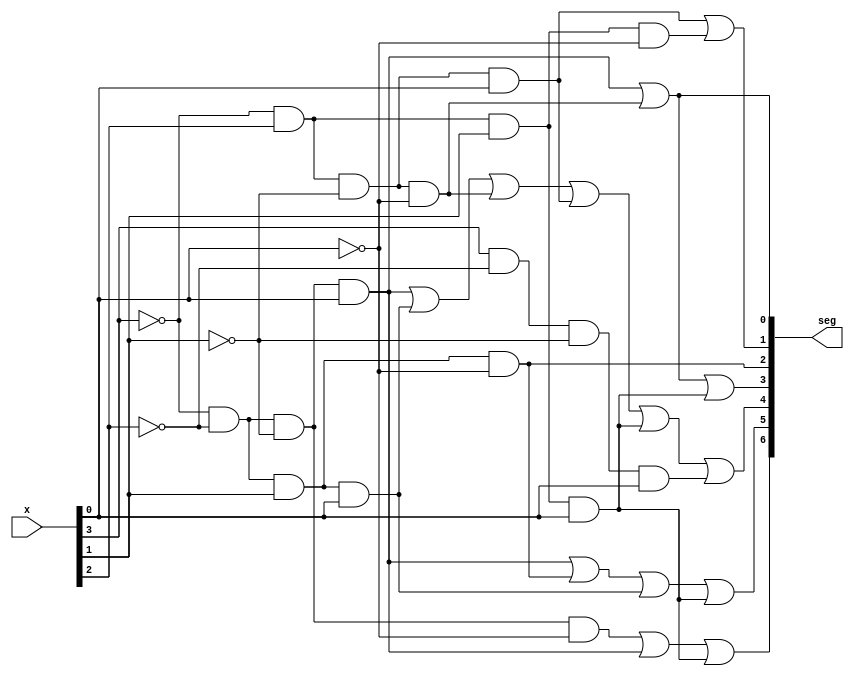
`timescale 1ns / 1ps
//////////////////////////////////////////////////////////////////////////////////
// Company: 
// Engineer: 
// 
// Design Name: 
// Module Name: circuit_74LS48
// Project Name: 
// Target Devices: 
// Tool Versions: 
// Description: 
// 
// Dependencies: 
// 
// Revision:
// Revision 0.01 - File Created
// Additional Comments:
// 
//////////////////////////////////////////////////////////////////////////////////

/*********************************************************************************
    This moudle is used to imitate the function of circuit 74LS48 which is designed
    for transforming the BCD code to 7 segment code.
Parameter Introduction
input:
    x: the BCD code
output:    
    seg: 7 segment of the digital tube
*********************************************************************************/

module circuit_74LS48(
    input [3:0] x,
    output [6:0] seg
    );    
    assign seg[0] = (~x[3] & ~x[2] & ~x[1] & x[0]) | (~x[3] & x[2] & ~x[1] & ~x[0]);
    assign seg[1] = (~x[3] & x[2] & ~x[1] & x[0]) | (~x[3] & x[2] & x[1] & ~x[0]);
    assign seg[2] = (~x[3] & ~x[2] & x[1] & ~x[0]);
    assign seg[3] = (~x[3] & ~x[2] & ~x[1] & x[0]) | (~x[3] & x[2] & ~x[1] & ~x[0]) | (~x[3] & x[2] & x[1] & x[0]);
    assign seg[4] = (~x[3] & ~x[2] & ~x[1] & x[0]) | (~x[3] & ~x[2] & x[1] & x[0]) | (~x[3] & x[2] & ~x[1] & ~x[0]) | (~x[3] & x[2] & ~x[1] & x[0]) | (~x[3] & x[2] & x[1] & x[0]) | (x[3] & ~x[2] & ~x[1] & x[0]);
    assign seg[5] = (~x[3] & ~x[2] & ~x[1] & x[0]) | (~x[3] & ~x[2] & x[1] & ~x[0]) | (~x[3] & ~x[2] & x[1] & x[0]) | (~x[3] & x[2] & x[1] & x[0]);
    assign seg[6] = (~x[3] & ~x[2] & ~x[1] & ~x[0]) | (~x[3] & ~x[2] & ~x[1] & x[0]) | (~x[3] & x[2] & x[1] & x[0]); 
endmodule